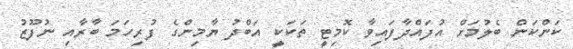
ކަންކަން ބެލުމަށް އުފައްދާފައިވާ ކޮމިޓީ ތަކަކީ އަބްދު ޔާމިންގެ ފުރިހަމަ ބާރާއި ނުފޫޒު